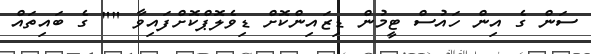
ސަން ގެ އިން ހައުސް ޓީމުން ޑިޒައިންކޮށް ޑިވެލޮޕްކޮށްފައިވާ "" ގެ ބައިތައް